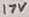
Text: 17V